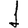
Digit: 1